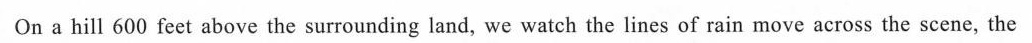
On a hill 600 feet above the surrounding land, we watch the lines of rain move across the scene, the